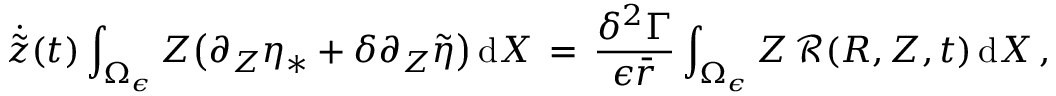
\dot { \tilde { z } } ( t ) \int _ { \Omega _ { \epsilon } } Z \bigl ( \partial _ { Z } \eta _ { * } + \delta \partial _ { Z } \tilde { \eta } \bigr ) \, \mathrm { d } X \, = \, \frac { \delta ^ { 2 } \Gamma } { \epsilon \bar { r } } \int _ { \Omega _ { \epsilon } } Z \, \mathcal { R } ( R , Z , t ) \, \mathrm { d } X \, ,